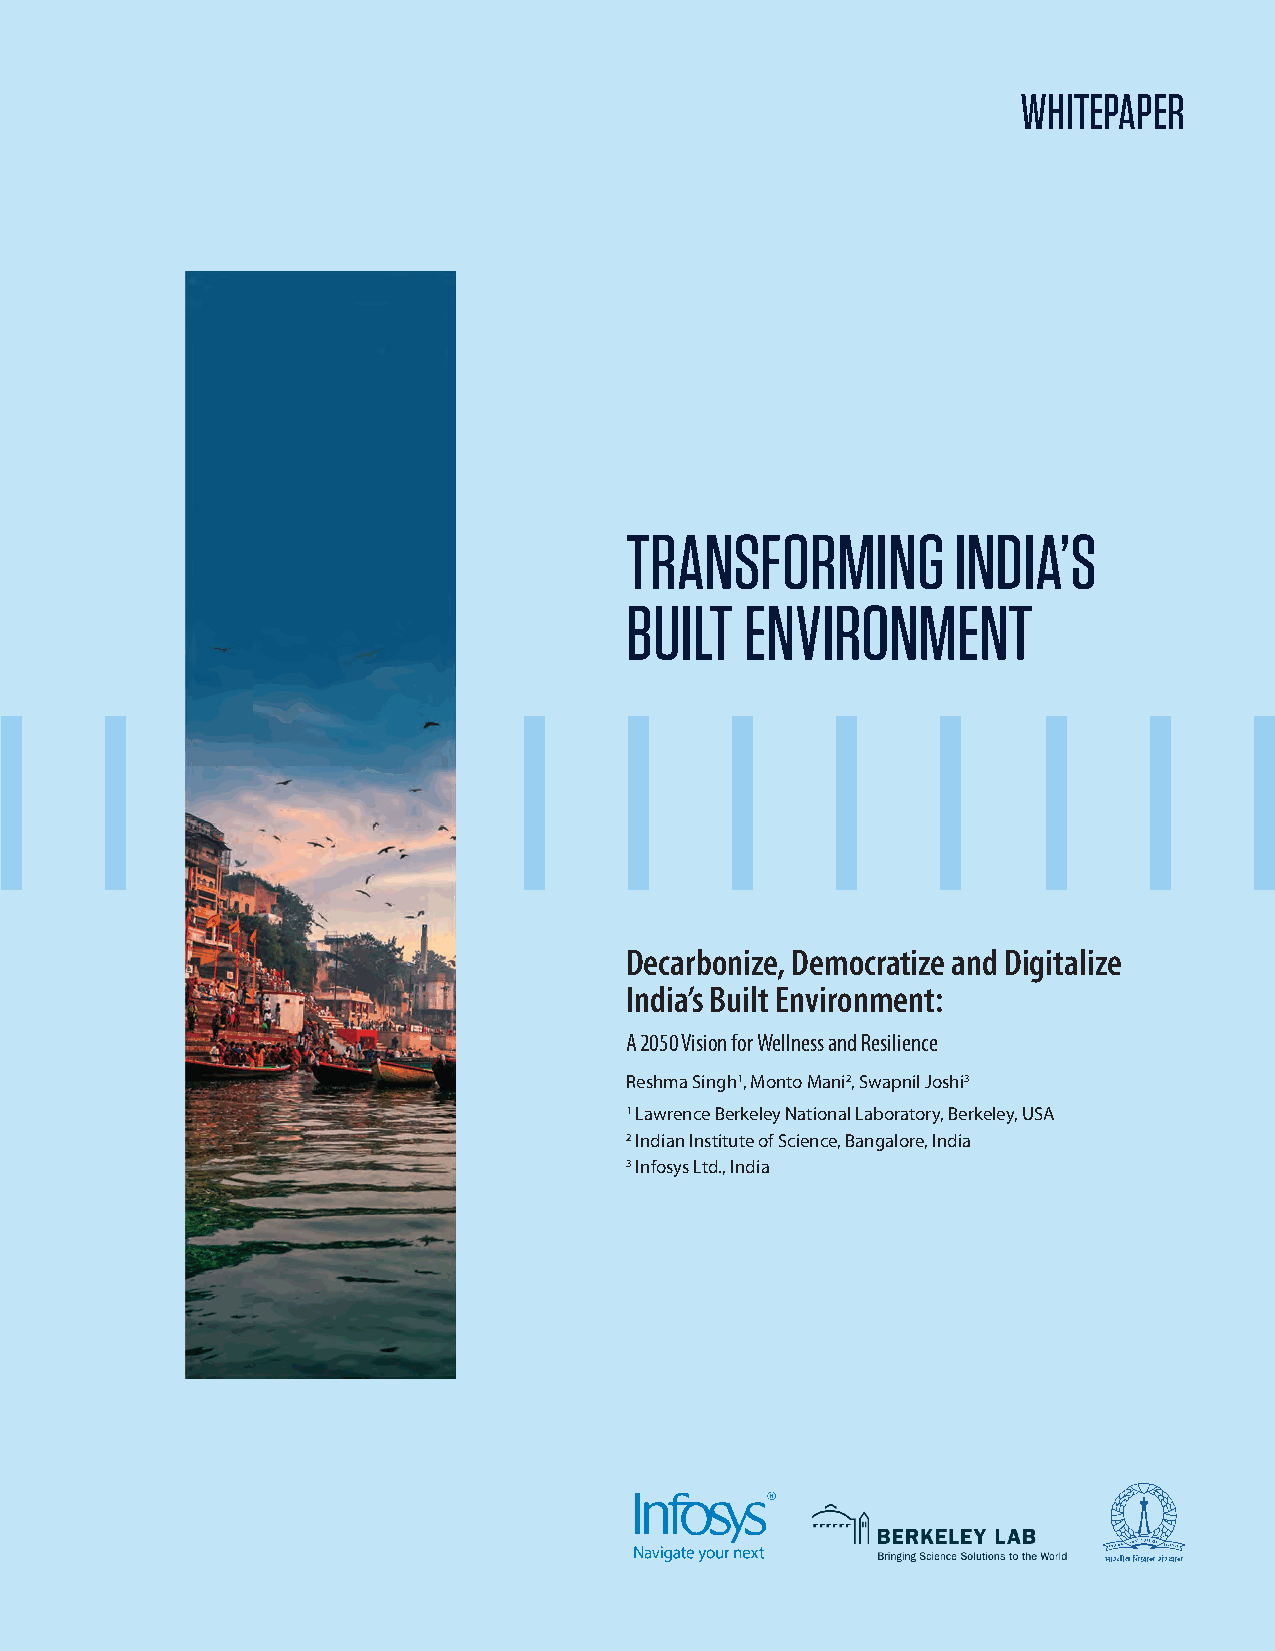
WHITEPAPER
 TRANSFORMING          INDIA’S
 BUILT   ENVIRONMENT
 Decarbonize, Democratize and Digitalize
 India’s Built Environment:
 A 2050 Vision for Wellness and Resilience
 Reshma Singh1, Monto Mani2, Swapnil Joshi3
 1 Lawrence Berkeley National Laboratory, Berkeley, USA
 2 Indian Institute of Science, Bangalore, India
 3 Infosys Ltd., India